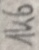
Text: 1K6